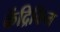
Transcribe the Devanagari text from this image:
केंद्रिकित